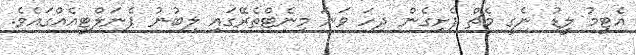
އެޓީމު ލީޑު ނެގީ މެޗް ފެށިގެން ދިހަ ވަނަ މިނެޓްތެރޭގައި ލިބުނު ޕެނަލްޓީއެއްގައެވެ.